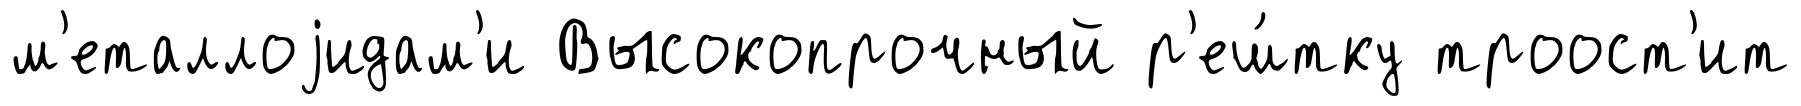
м'еталлоjидам'и Высокопрочный р'еш́тку троост'ит